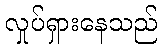
လှုပ်ရှားနေသည်